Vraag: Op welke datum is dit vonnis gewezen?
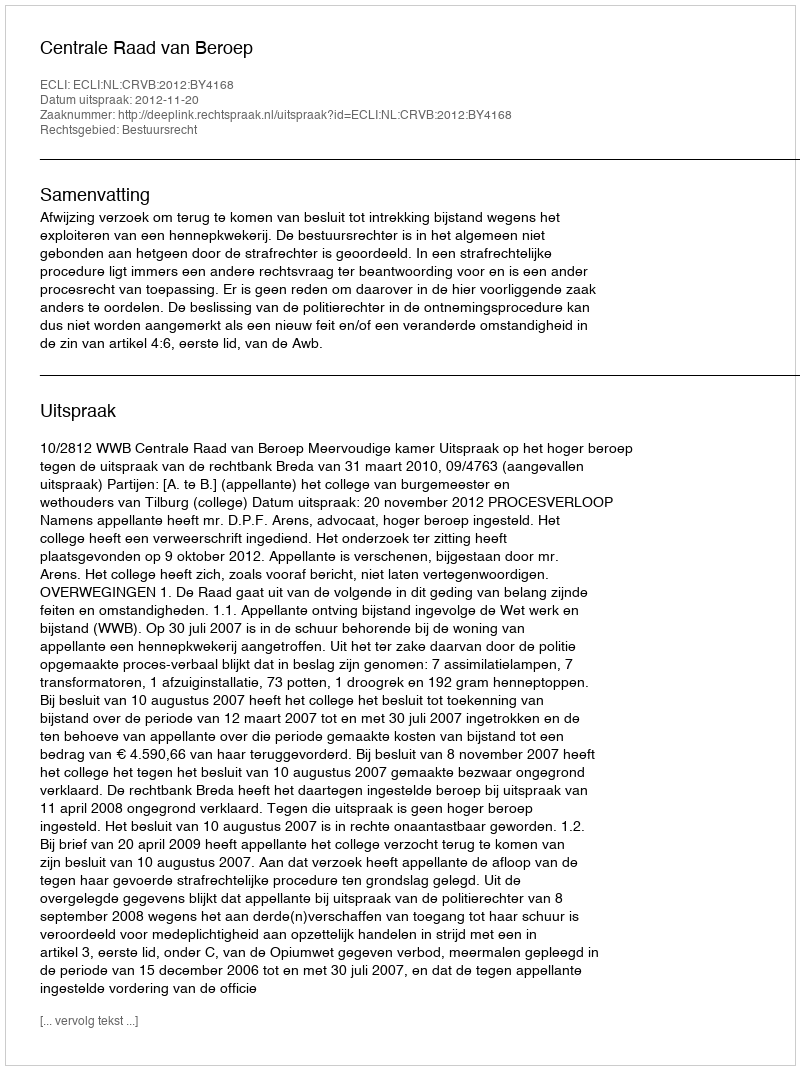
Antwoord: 2012-11-20